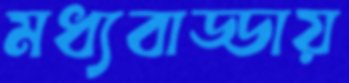
মধ্যবাড্ডায়